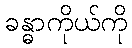
ခန္ဓာကိုယ်ကို